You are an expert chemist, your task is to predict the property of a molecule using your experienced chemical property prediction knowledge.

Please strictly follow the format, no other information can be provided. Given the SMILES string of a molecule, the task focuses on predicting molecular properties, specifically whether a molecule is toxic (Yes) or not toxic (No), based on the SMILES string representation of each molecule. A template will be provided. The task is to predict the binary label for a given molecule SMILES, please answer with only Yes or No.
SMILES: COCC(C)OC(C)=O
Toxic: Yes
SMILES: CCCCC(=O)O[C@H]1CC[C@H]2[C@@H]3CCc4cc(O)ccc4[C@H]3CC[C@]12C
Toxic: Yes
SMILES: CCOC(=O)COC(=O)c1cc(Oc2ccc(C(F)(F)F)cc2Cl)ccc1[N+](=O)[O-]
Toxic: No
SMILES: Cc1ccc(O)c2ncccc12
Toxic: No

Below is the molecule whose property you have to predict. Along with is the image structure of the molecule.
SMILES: COc1c2ccoc2cc2oc(=O)ccc12
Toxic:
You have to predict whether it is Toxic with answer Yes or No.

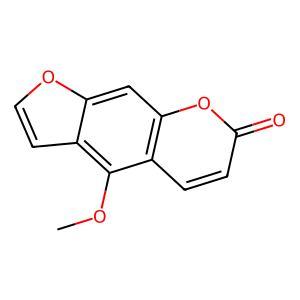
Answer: No